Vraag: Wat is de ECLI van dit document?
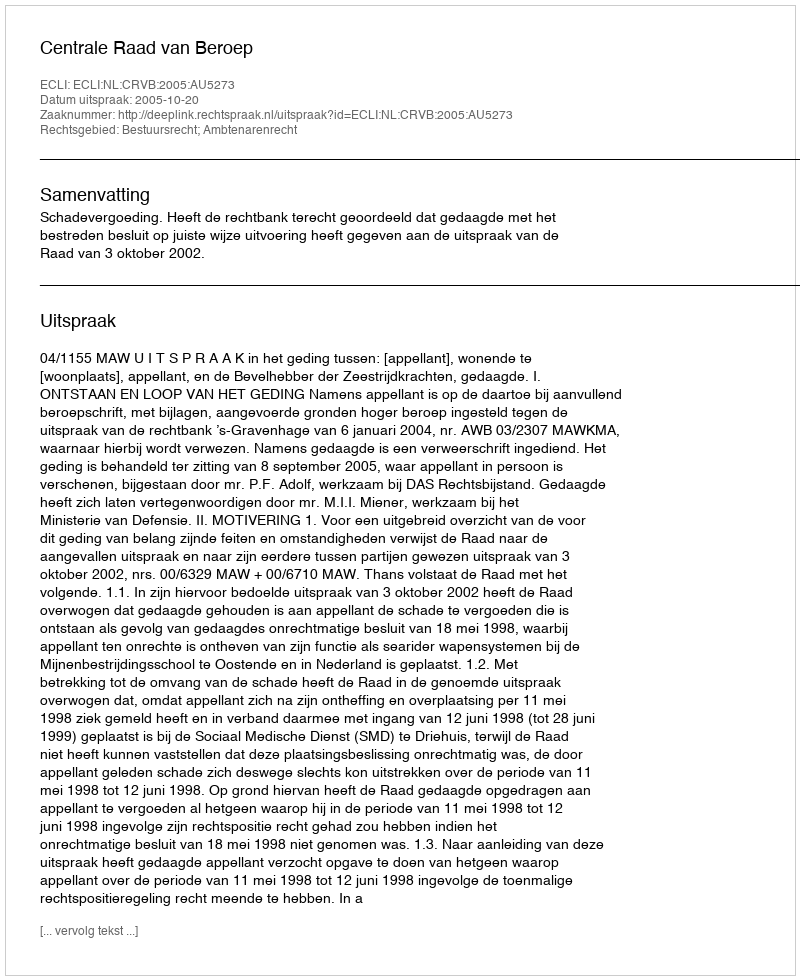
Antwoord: ECLI:NL:CRVB:2005:AU5273